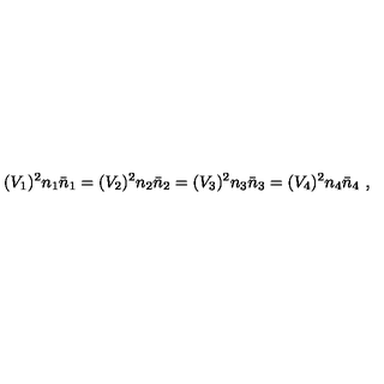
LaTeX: ( V _ { 1 } ) ^ { 2 } n _ { 1 } \bar { n } _ { 1 } = ( V _ { 2 } ) ^ { 2 } n _ { 2 } \bar { n } _ { 2 } = ( V _ { 3 } ) ^ { 2 } n _ { 3 } \bar { n } _ { 3 } = ( V _ { 4 } ) ^ { 2 } n _ { 4 } \bar { n } _ { 4 } \ ,